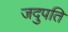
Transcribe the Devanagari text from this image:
जदुपति